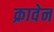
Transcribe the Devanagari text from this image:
क्रावेन